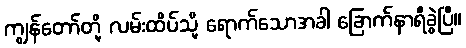
ကျွန်တော်တို့ လမ်းထိပ်သို့ ရောက်သောအခါ ခြောက်နာရီခွဲပြီ။